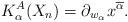
LaTeX: \begin{gather*} K_{\alpha}^{A}(X_n)= \partial_{w_{\alpha}} x^{\overline \alpha}.\end{gather*}